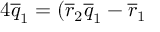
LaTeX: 4 \overline { { { q } } } _ { 1 } = ( \overline { { { r } } } _ { 2 } \overline { { { q } } } _ { 1 } - \overline { { { r } } } _ { 1 }